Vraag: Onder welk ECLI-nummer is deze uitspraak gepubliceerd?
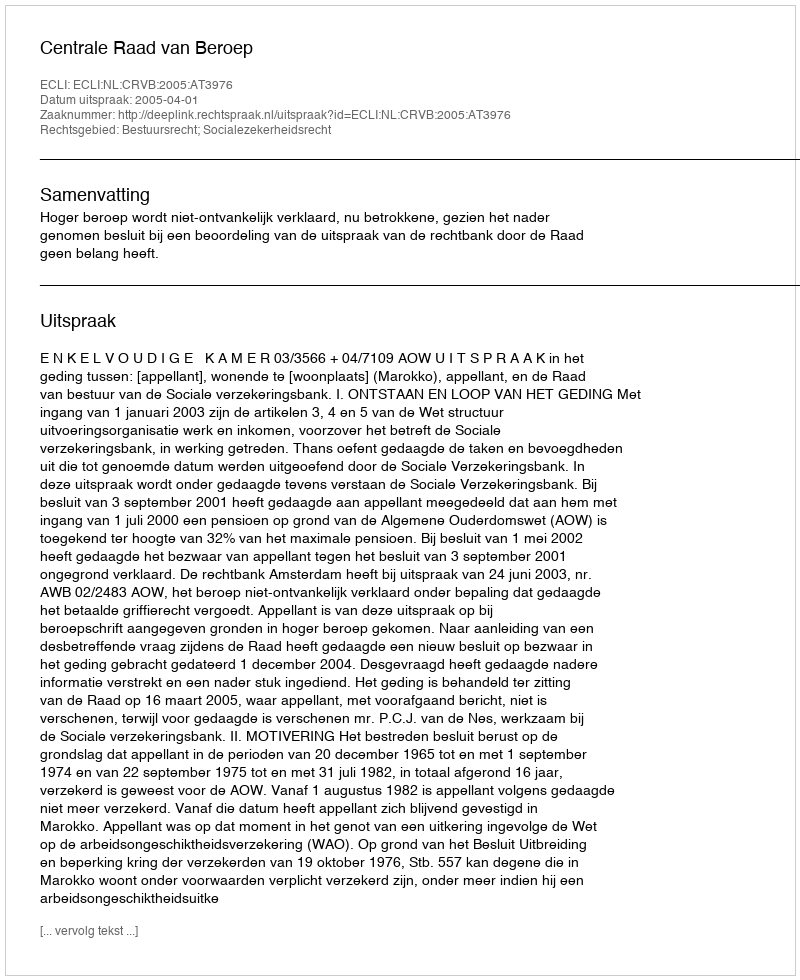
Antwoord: ECLI:NL:CRVB:2005:AT3976